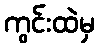
ကွင်းထဲမှ